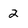
Character: 2